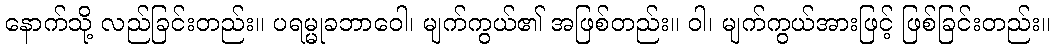
နောက်သို့ လည်ခြင်းတည်း။ ပရမ္မုခဘာဝေါ၊ မျက်ကွယ်၏ အဖြစ်တည်း။ ဝါ၊ မျက်ကွယ်အားဖြင့် ဖြစ်ခြင်းတည်း။